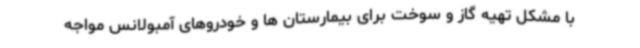
با مشکل تهیه گاز و سوخت برای بیمارستان ها و خودروهای آمبولانس مواجه